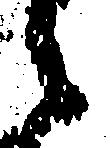
々